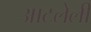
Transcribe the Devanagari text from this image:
आटलेली